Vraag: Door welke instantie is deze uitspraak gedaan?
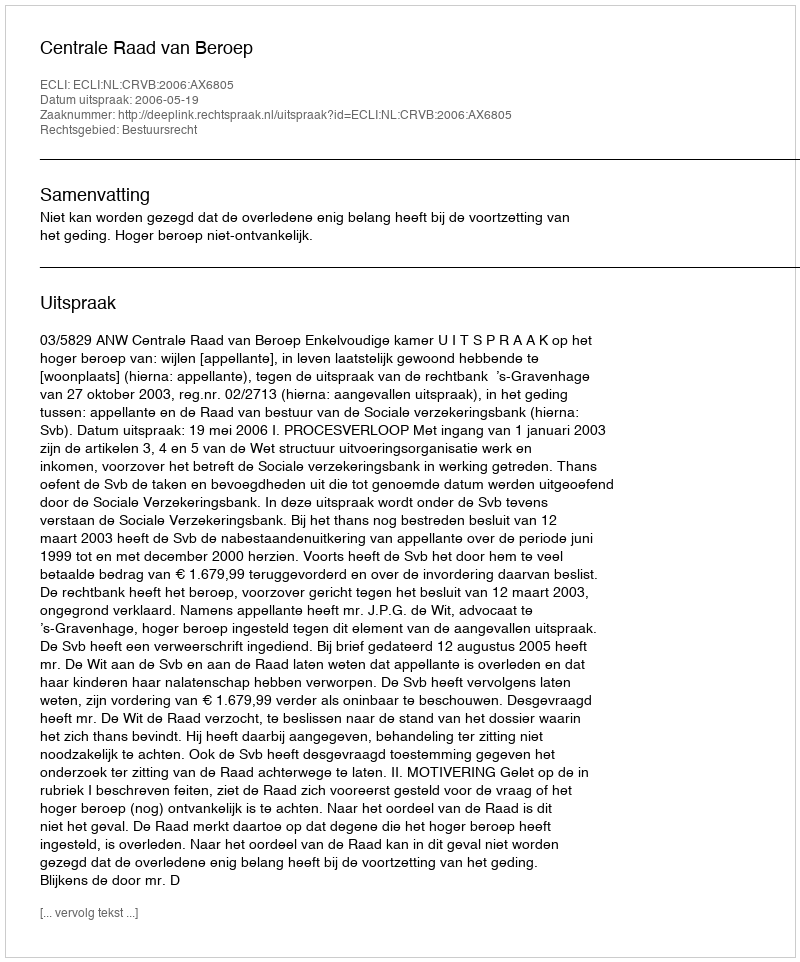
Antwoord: Centrale Raad van Beroep